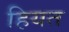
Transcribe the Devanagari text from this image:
हियत